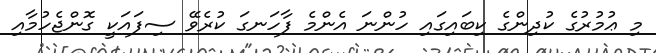
މި ޢުމުރުގެ ކުދިންގެ ކިބައިގައި ހުންނަ އެންމެ ފާހަނގަ ކުރެވޭ ސިފައަކީ ގޮންޖެހުމާއި